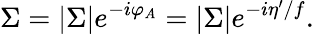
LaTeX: \Sigma=|\Sigma|e^{-i\varphi_{A}}=|\Sigma|e^{-i\eta^{\prime}/f}.